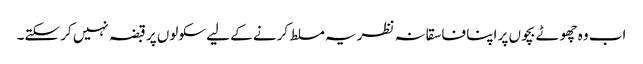
اب وہ چھوٹے بچوں پر اپنا فاسقانہ نظریہ مسلط کرنے کے لیے سکولوں پر قبضہ نہیں کر سکتے۔